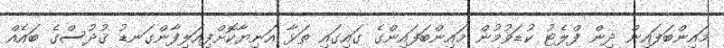
މައިންބަފައިން ދިން ފްލެޓު ކުޑަވުމުން މައިންބަފައިންގެ ގައިގައި ތަޅާ އަނިޔާކޮށްފިއަލިފާންގަނޑު ޤުދުސްގެ ބައެއް